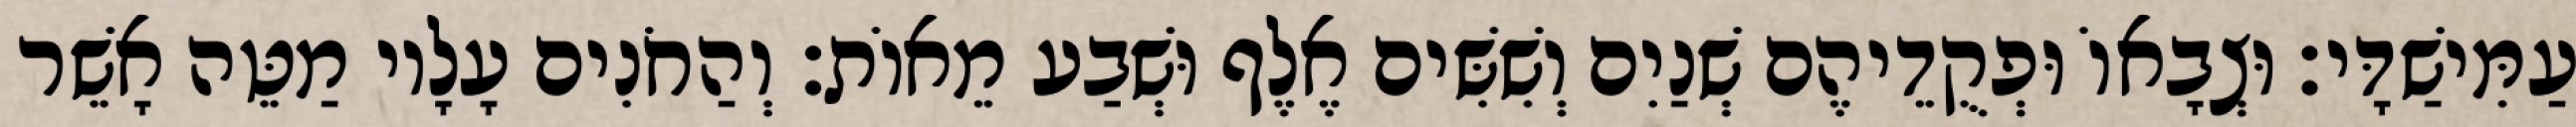
עַמִּישַׁדָּי׃ וּצְבָאוֹ וּפְקֻדֵיהֶם שְׁנַיִם וְשִׁשִּׁים אֶלֶף וּשְׁבַע מֵאוֹת׃ וְהַחֹנִים עָלָיו מַטֵּה אָשֵׁר